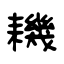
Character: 耭